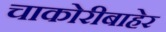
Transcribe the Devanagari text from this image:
चाकोरीबाहेर